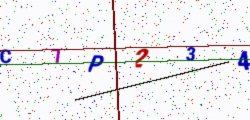
Text: C7P234